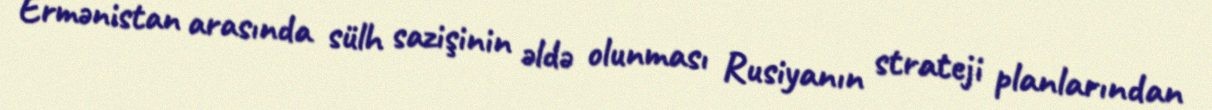
Ermənistan arasında sülh sazişinin əldə olunması Rusiyanın strateji planlarından